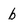
Character: b